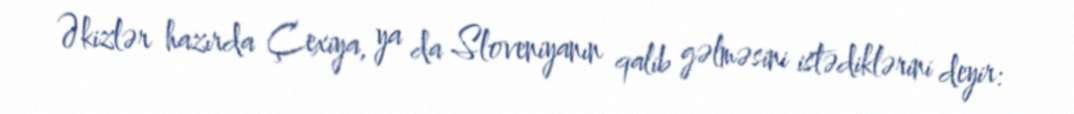
Əkizlər hazırda Çexiya, ya da Sloveniyanın qalib gəlməsini istədiklərini deyir: